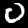
Label: 0